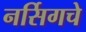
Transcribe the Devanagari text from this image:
नर्सिगचे